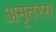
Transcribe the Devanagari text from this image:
अमृतरस